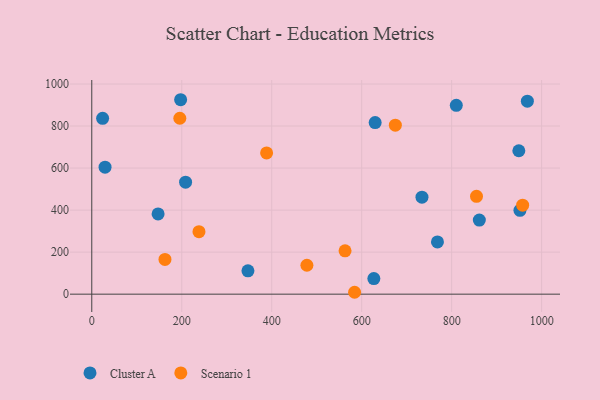
{"axis": {"x": "Investment", "y": "Sales"}, "legend": ["Cluster A", "Scenario 1"], "data": [{"x": "768.4", "y": 248.6, "type": "Cluster A"}, {"x": "24.1", "y": 836.7, "type": "Cluster A"}, {"x": "951.8", "y": 399.1, "type": "Cluster A"}, {"x": "861.5", "y": 352.5, "type": "Cluster A"}, {"x": "347.1", "y": 111.0, "type": "Cluster A"}, {"x": "147.4", "y": 381.9, "type": "Cluster A"}, {"x": "627.0", "y": 74.0, "type": "Cluster A"}, {"x": "810.3", "y": 898.8, "type": "Cluster A"}, {"x": "208.5", "y": 532.8, "type": "Cluster A"}, {"x": "197.5", "y": 925.3, "type": "Cluster A"}, {"x": "949.3", "y": 682.4, "type": "Cluster A"}, {"x": "629.9", "y": 816.6, "type": "Cluster A"}, {"x": "734.0", "y": 461.7, "type": "Cluster A"}, {"x": "968.3", "y": 918.4, "type": "Cluster A"}, {"x": "29.5", "y": 604.3, "type": "Cluster A"}, {"x": "195.7", "y": 837.1, "type": "Scenario 1"}, {"x": "855.2", "y": 465.5, "type": "Scenario 1"}, {"x": "238.3", "y": 297.5, "type": "Scenario 1"}, {"x": "957.8", "y": 423.6, "type": "Scenario 1"}, {"x": "478.2", "y": 137.5, "type": "Scenario 1"}, {"x": "584.2", "y": 9.0, "type": "Scenario 1"}, {"x": "674.8", "y": 804.4, "type": "Scenario 1"}, {"x": "162.7", "y": 165.4, "type": "Scenario 1"}, {"x": "388.6", "y": 671.9, "type": "Scenario 1"}, {"x": "563.0", "y": 206.1, "type": "Scenario 1"}]}